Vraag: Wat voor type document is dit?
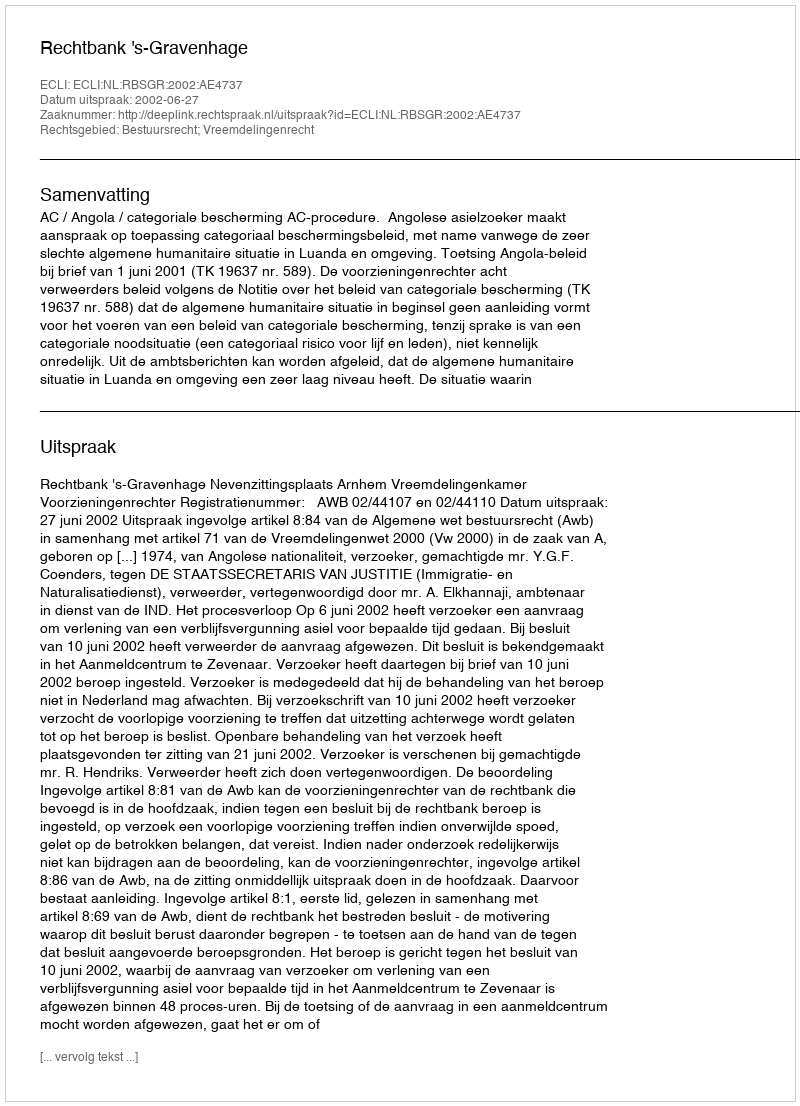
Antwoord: Uitspraak